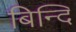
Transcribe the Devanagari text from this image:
बिन्दि